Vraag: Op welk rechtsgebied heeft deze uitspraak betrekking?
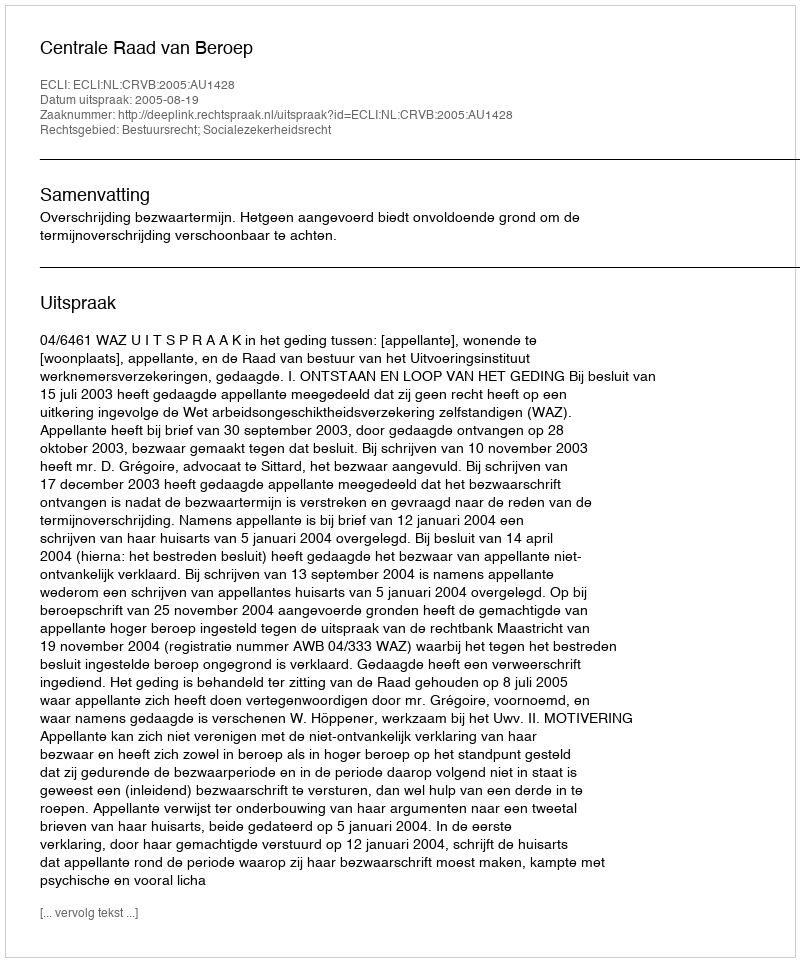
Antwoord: Bestuursrecht; Socialezekerheidsrecht